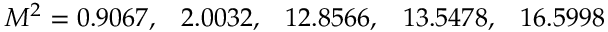
M ^ { 2 } = 0 . 9 0 6 7 , \; \; \; 2 . 0 0 3 2 , \; \; \; 1 2 . 8 5 6 6 , \; \; \; 1 3 . 5 4 7 8 , \; \; \; 1 6 . 5 9 9 8